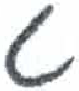
אות: ט